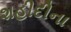
શહીદીના